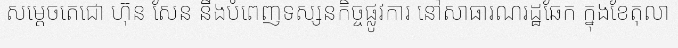
សម្តេចតេជោ ហ៊ុន សែន នឹងបំពេញទស្សនកិច្ចផ្លូវការ នៅសាធារណរដ្ឋឆែក ក្នុងខែតុលា